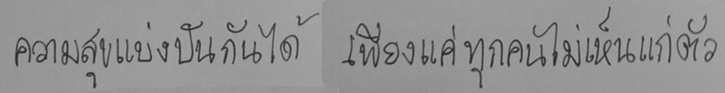
ความสุขแบ่งปันกันได้ เพียงแค่ทุกคนไม่เห็นแก่ตัว